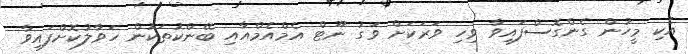
އެކި މީހުން ގެންގޮސްފައިވާ ވިހި ވަރަކަށް ވަގު ނޫޓް އެމްއެމްއާއި ބޭންކުތަކުން ހަވާލުކޮށްފައިވާ